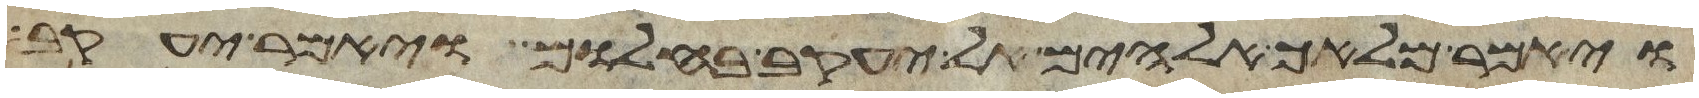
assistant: ויאמר מלאך אלהים אל יעקב בחלום ויאמר יעקב